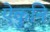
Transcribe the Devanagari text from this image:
ऐकुनि